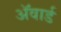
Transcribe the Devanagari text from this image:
अॅवार्ड